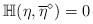
LaTeX: \begin{align*}\mathbb{H}(\eta,\overline{\eta}^{\diamond}) = 0\end{align*}